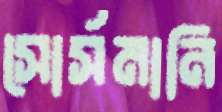
সোর্সমানি